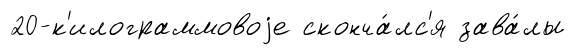
20-к'илограммовоjе сконча́лс'я зава́лы